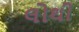
લોથી